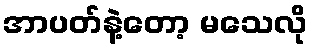
အာပတ်နဲ့တော့ မသေလို